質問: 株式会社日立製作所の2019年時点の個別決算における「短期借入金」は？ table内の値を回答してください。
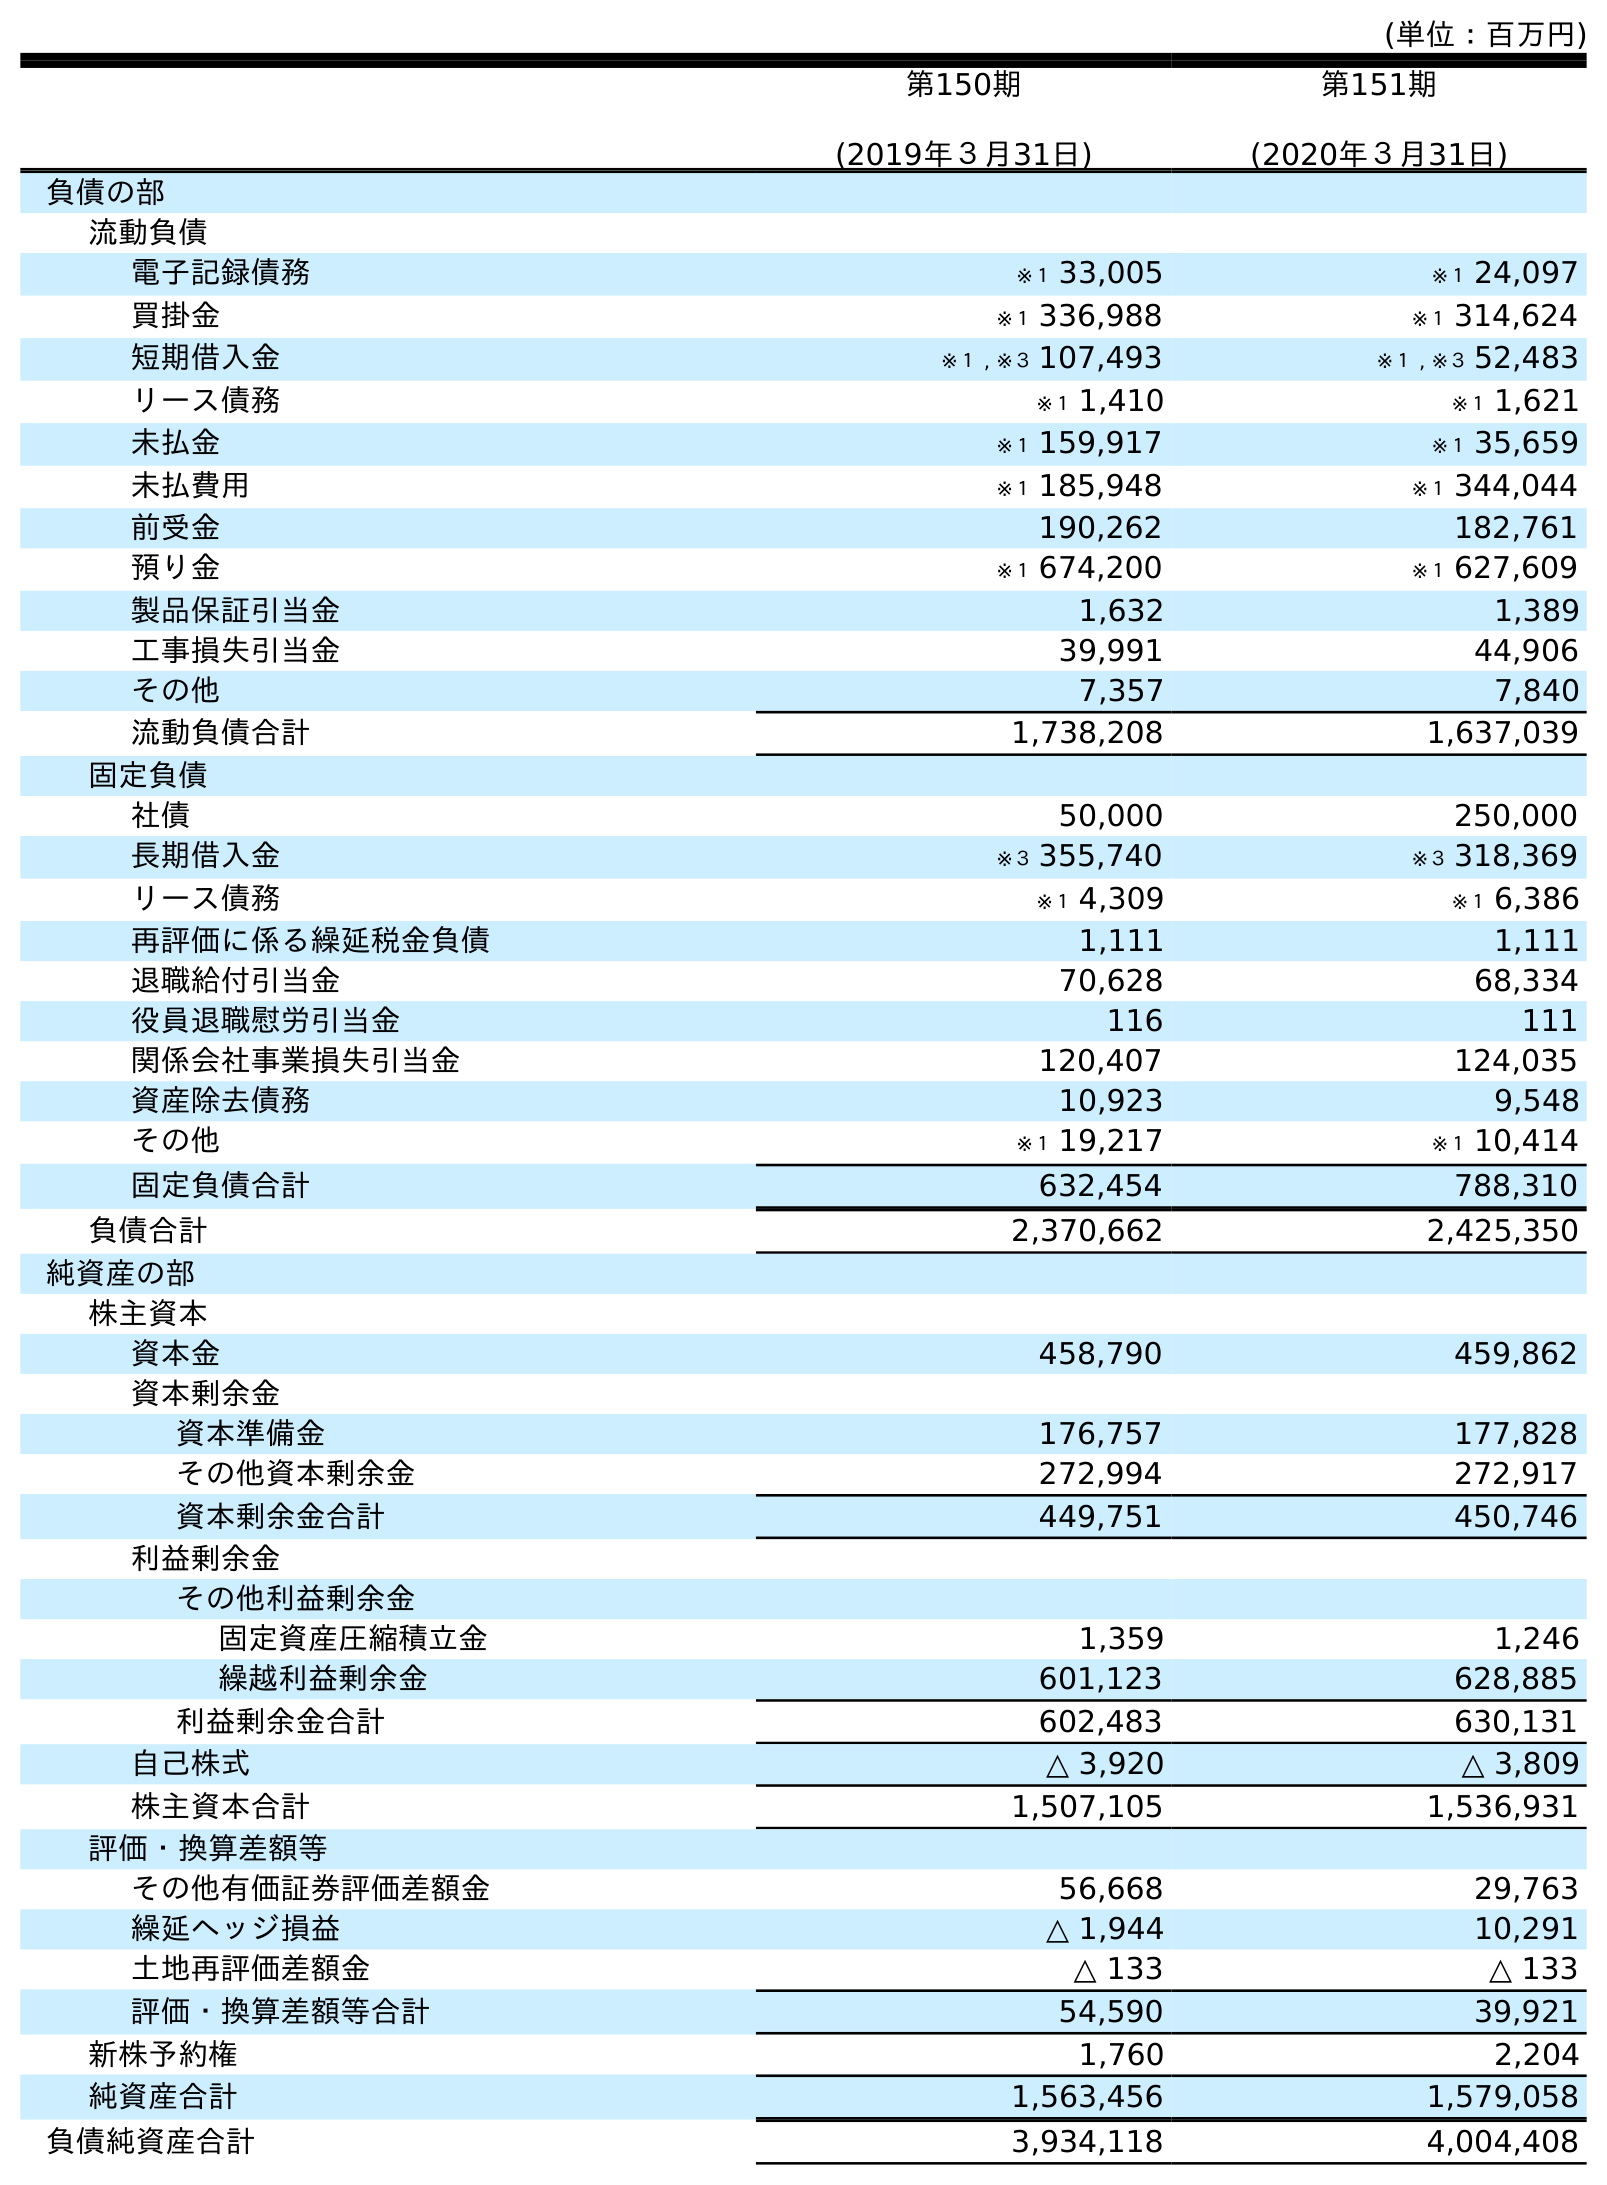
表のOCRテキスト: (単位：百万円) 第150期 (2019年３月31日) 第151期 (2020年３月31日) 負債の部 流動負債 電子記録債務 ※１ 33,005 ※１ 24,097 買掛金 ※１ 336,988 ※１ 314,624 短期借入金 ※１ , ※３ 107,493 ※１ , ※３ 52,483 リース債務 ※１ 1,410 ※１ 1,621 未払金 ※１ 159,917 ※１ 35,659 未払費用 ※１ 185,948 ※１ 344,044 前受金 190,262 182,761 預り金 ※１ 674,200 ※１ 627,609 製品保証引当金 1,632 1,389 工事損失引当金 39,991 44,906 その他 7,357 7,840 流動負債合計 1,738,208 1,637,039 固定負債 社債 50,000 250,000 長期借入金 ※３ 355,740 ※３ 318,369 リース債務 ※１ 4,309 ※１ 6,386 再評価に係る繰延税金負債 1,111 1,111 退職給付引当金 70,628 68,334 役員退職慰労引当金 116 111 関係会社事業損失引当金 120,407 124,035 資産除去債務 10,923 9,548 その他 ※１ 19,217 ※１ 10,414 固定負債合計 632,454 788,310 負債合計 2,370,662 2,425,350 純資産の部 株主資本 資本金 458,790 459,862 資本剰余金 資本準備金 176,757 177,828 その他資本剰余金 272,994 272,917 資本剰余金合計 449,751 450,746 利益剰余金 その他利益剰余金 固定資産圧縮積立金 1,359 1,246 繰越利益剰余金 601,123 628,885 利益剰余金合計 602,483 630,131 自己株式 △ 3,920 △ 3,809 株主資本合計 1,507,105 1,536,931 評価・換算差額等 その他有価証券評価差額金 56,668 29,763 繰延ヘッジ損益 △ 1,944 10,291 土地再評価差額金 △ 133 △ 133 評価・換算差額等合計 54,590 39,921 新株予約権 1,760 2,204 純資産合計 1,563,456 1,579,058 負債純資産合計 3,934,118 4,004,408
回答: ※１,※３107,493